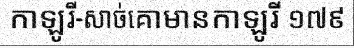
កាឡូរី-សាច់គោមានកាឡូរី ១៧៩